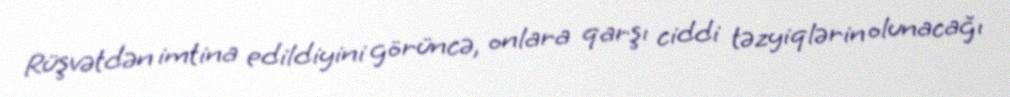
Rüşvətdən imtina edildiyini görüncə, onlara qarşı ciddi təzyiqlərin olunacağı